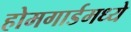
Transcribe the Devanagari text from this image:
होमगार्डमध्ये